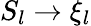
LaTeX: S_{l}\rightarrow\xi_{l}